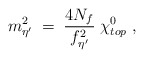
\begin{align*}m_{\eta^\prime}^2 \; = \; \frac{4 N_f}{f_{\eta^\prime}^2} \; \chi_{top}^0 \; ,\end{align*}